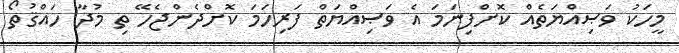
މީހަކު ވަޞިއްޔަތެއް ކޮށްފިނަމަ އެ ވަޞިއްޔަތް ފަރިހަމަ ކޮށްދެންޖެހޭ ތި މުދާ ހައްޤުތޯ